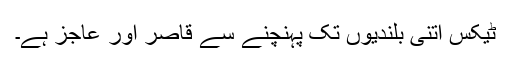
ٹیکس اتنی بلندیوں تک پہنچنے سے قاصر اور عاجز ہے۔